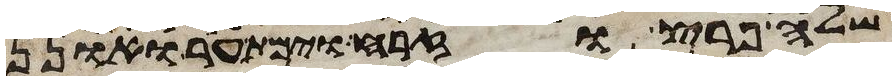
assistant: שלה פרץ וזרח וימת ער ואונן